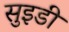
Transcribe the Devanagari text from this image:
सुइडी